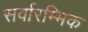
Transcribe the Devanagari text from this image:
सर्वारम्भिक